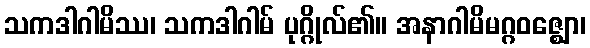
သကဒါဂါမိဿ၊ သကဒါဂါမ် ပုဂ္ဂိုလ်၏။ အနာဂါမိမဂ္ဂဝဇ္ဈော၊